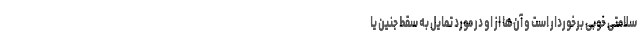
سلامتی خوبی برخوردار است و آن‌ها از او در مورد تمایل به سقط جنین یا